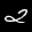
Label: 2